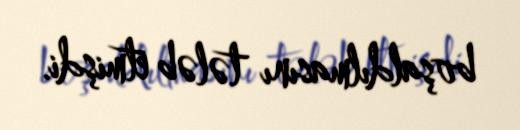
boşaldılmasını tələb etmişdi.